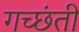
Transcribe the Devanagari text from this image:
गच्छंती